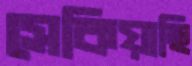
সেকিয়াছি